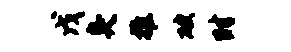
戊臭推破时